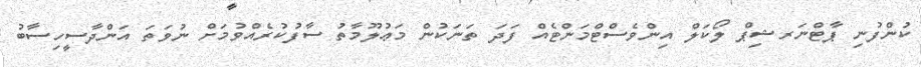
ކުންފުނި ޕާޓްނަރޝިޕް ލޯކަލް އިންވެސްޓްމަންޓެއް ފަދަ ތަނަކުން މަޢުލޫމާތު ސާފުކުރެއްވުމަށް ނުވަތަ އަންދާސީހިސާބު